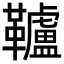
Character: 𩍼